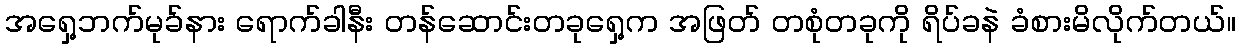
အရှေ့ဘက်မုခ်နား ရောက်ခါနီး တန်ဆောင်းတခုရှေ့က အဖြတ် တစုံတခုကို ရိပ်ခနဲ ခံစားမိလိုက်တယ်။